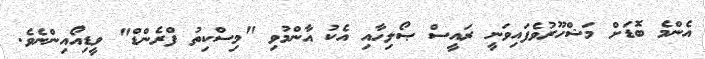
އެންމެ ބޮޑަށް މަޝްހޫރުވެފައިވަނީ ރައީސް ޞޯލިހާއި އެކު އާންމުވި "މިސްކިތު ފްރެންޑް" ވީޑިއޯއިންނެވެ.